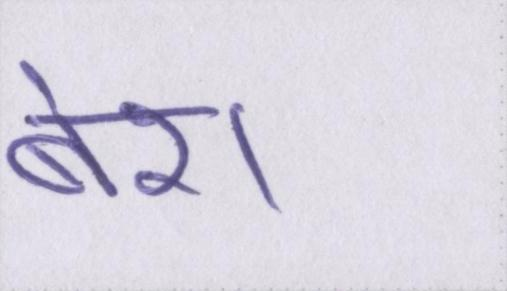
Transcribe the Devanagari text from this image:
बेश